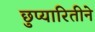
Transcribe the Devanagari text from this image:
छुप्यारितीने